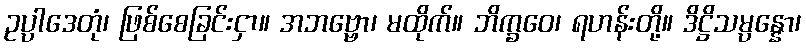
ဥပ္ပါဒေတုံ၊ ဖြစ်စေခြင်းငှာ။ အဘဗ္ဗော၊ မထိုက်။ ဘိက္ခဝေ၊ ရဟန်းတို့။ ဒိဋ္ဌိသမ္ပန္နော၊